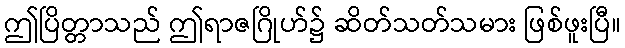
ဤပြိတ္တာသည် ဤရာဇဂြိုဟ်၌ ဆိတ်သတ်သမား ဖြစ်ဖူးပြီ။